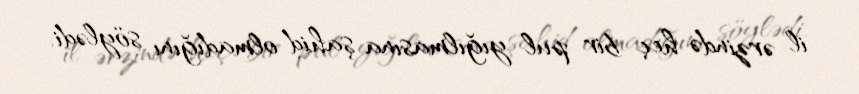
il ərzində heç bir pul yığılmasına şahid olmadığını söylədi.